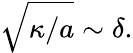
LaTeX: \sqrt{\kappa/a}\sim\delta.